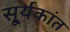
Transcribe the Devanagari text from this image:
सू्र्यकांत